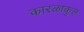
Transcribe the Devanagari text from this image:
कारळाकुल